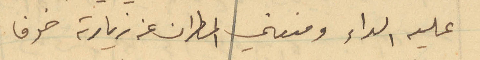
عليه الداء ومنعني المطران عن زيارته خوفا